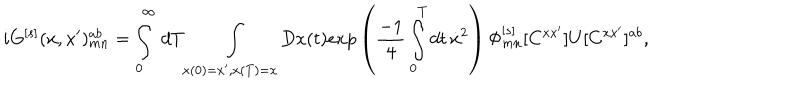
i G ^ { [ s ] } ( x , x ^ { \prime } ) _ { m n } ^ { a b } = \int _ { 0 } ^ { \infty } \, d T \int _ { x ( 0 ) = x ^ { \prime } , x ( T ) = x } D x ( t ) e x p \left( { \frac { - 1 } { 4 } } \int _ { 0 } ^ { T } d t \, \dot { x } ^ { 2 } \right) \Phi _ { m n } ^ { [ s ] } [ C ^ { x x ^ { \prime } } ] U [ C ^ { x x ^ { \prime } } ] ^ { a b } ,